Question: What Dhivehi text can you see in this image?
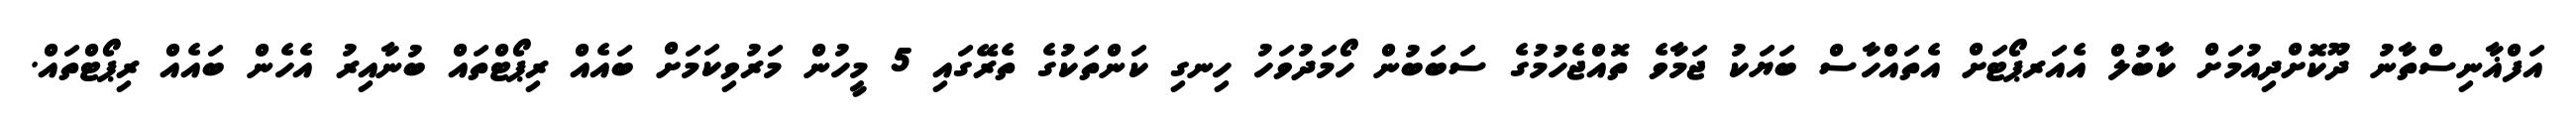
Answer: އަފްޣާނިސްތާނު ދޫކޮށްދިއުމަށް ކާބުލް އެއަރޕޯޓަށް އެތައްހާސް ބަޔަކު ޖަމާވެ ތޮއްޖެހުމުގެ ސަބަބުން ހޯމަދުވަހު ހިނގި ކަންތަކުގެ ތެރޭގައި 5 މީހުން މަރުވިކަމަށް ބައެއް ރިޕޯޓްތައް ބުނާއިރު އެހެން ބައެއް ރިޕޯޓްތައް.